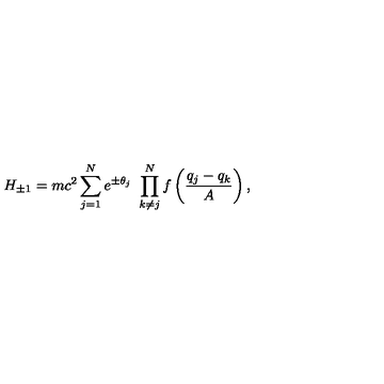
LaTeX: H _ { \pm 1 } = m c ^ { 2 } \sum _ { j = 1 } ^ { N } e ^ { \pm \theta _ { j } } \ \prod _ { k \not = j } ^ { N } f \left( \frac { q _ { j } - q _ { k } } { A } \right) ,